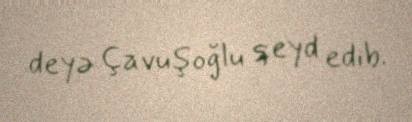
deyə Çavuşoğlu qeyd edib.